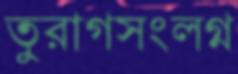
তুরাগসংলগ্ন